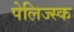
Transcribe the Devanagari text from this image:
पेलिज्स्क